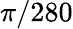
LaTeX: \pi/280